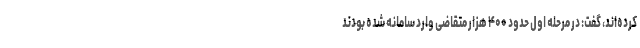
کرده‌اند، گفت: در مرحله اول حدود ۴۰۰ هزار متقاضی وارد سامانه شده بودند